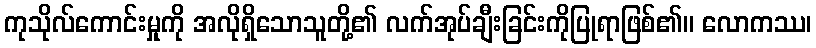
ကုသိုလ်ကောင်းမှုကို အလိုရှိသောသူတို့၏ လက်အုပ်ချီးခြင်းကိုပြုရာဖြစ်၏။ လောကဿ၊